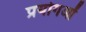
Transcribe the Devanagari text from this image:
प्रयोगओं